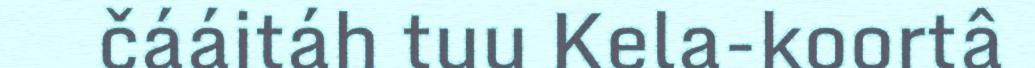
čááitáh tuu Kela-koortâ